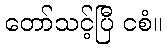
တော်သင့်ပြီ ငစံ။